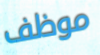
موظف